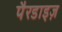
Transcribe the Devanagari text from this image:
पैरडाइज़